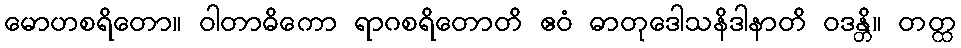
မောဟစရိတော။ ဝါတာဓိကော ရာဂစရိတောတိ ဧဝံ ဓာတုဒေါသနိဒါနာတိ ဝဒန္တိ။ တတ္ထ